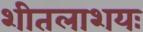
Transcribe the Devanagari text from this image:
शीतलाशयः